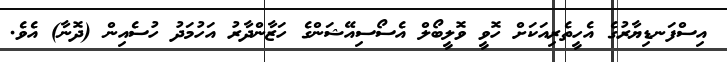
އިސްފަނޑިޔާރުގެ އެހީތެރިއަކަށް ހޮވީ ވޮލީބޯލް އެސޯސިއޭޝަންގެ ހަޒާންދާރު އަހުމަދު ހުސެއިން (ދޮނާ) އެވެ.